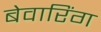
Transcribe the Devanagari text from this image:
बेवारिंग